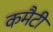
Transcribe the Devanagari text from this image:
कमैटी